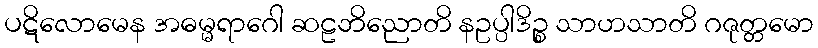
ပဋိလောမေန အဓမ္မရာဂေါ ဆဠဘိညောတိ နဥပ္ပါဒိဉ္စ သာဟသာတိ ဂဇုတ္တမော